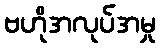
ဗဟိုအလုပ်အမှု